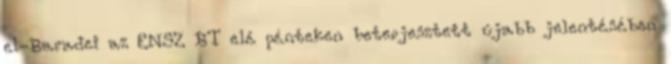
el-Baradei az ENSZ BT elé pénteken beterjesztett újabb jelentésében